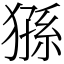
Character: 猻